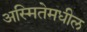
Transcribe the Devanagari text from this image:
अस्मितेमधील